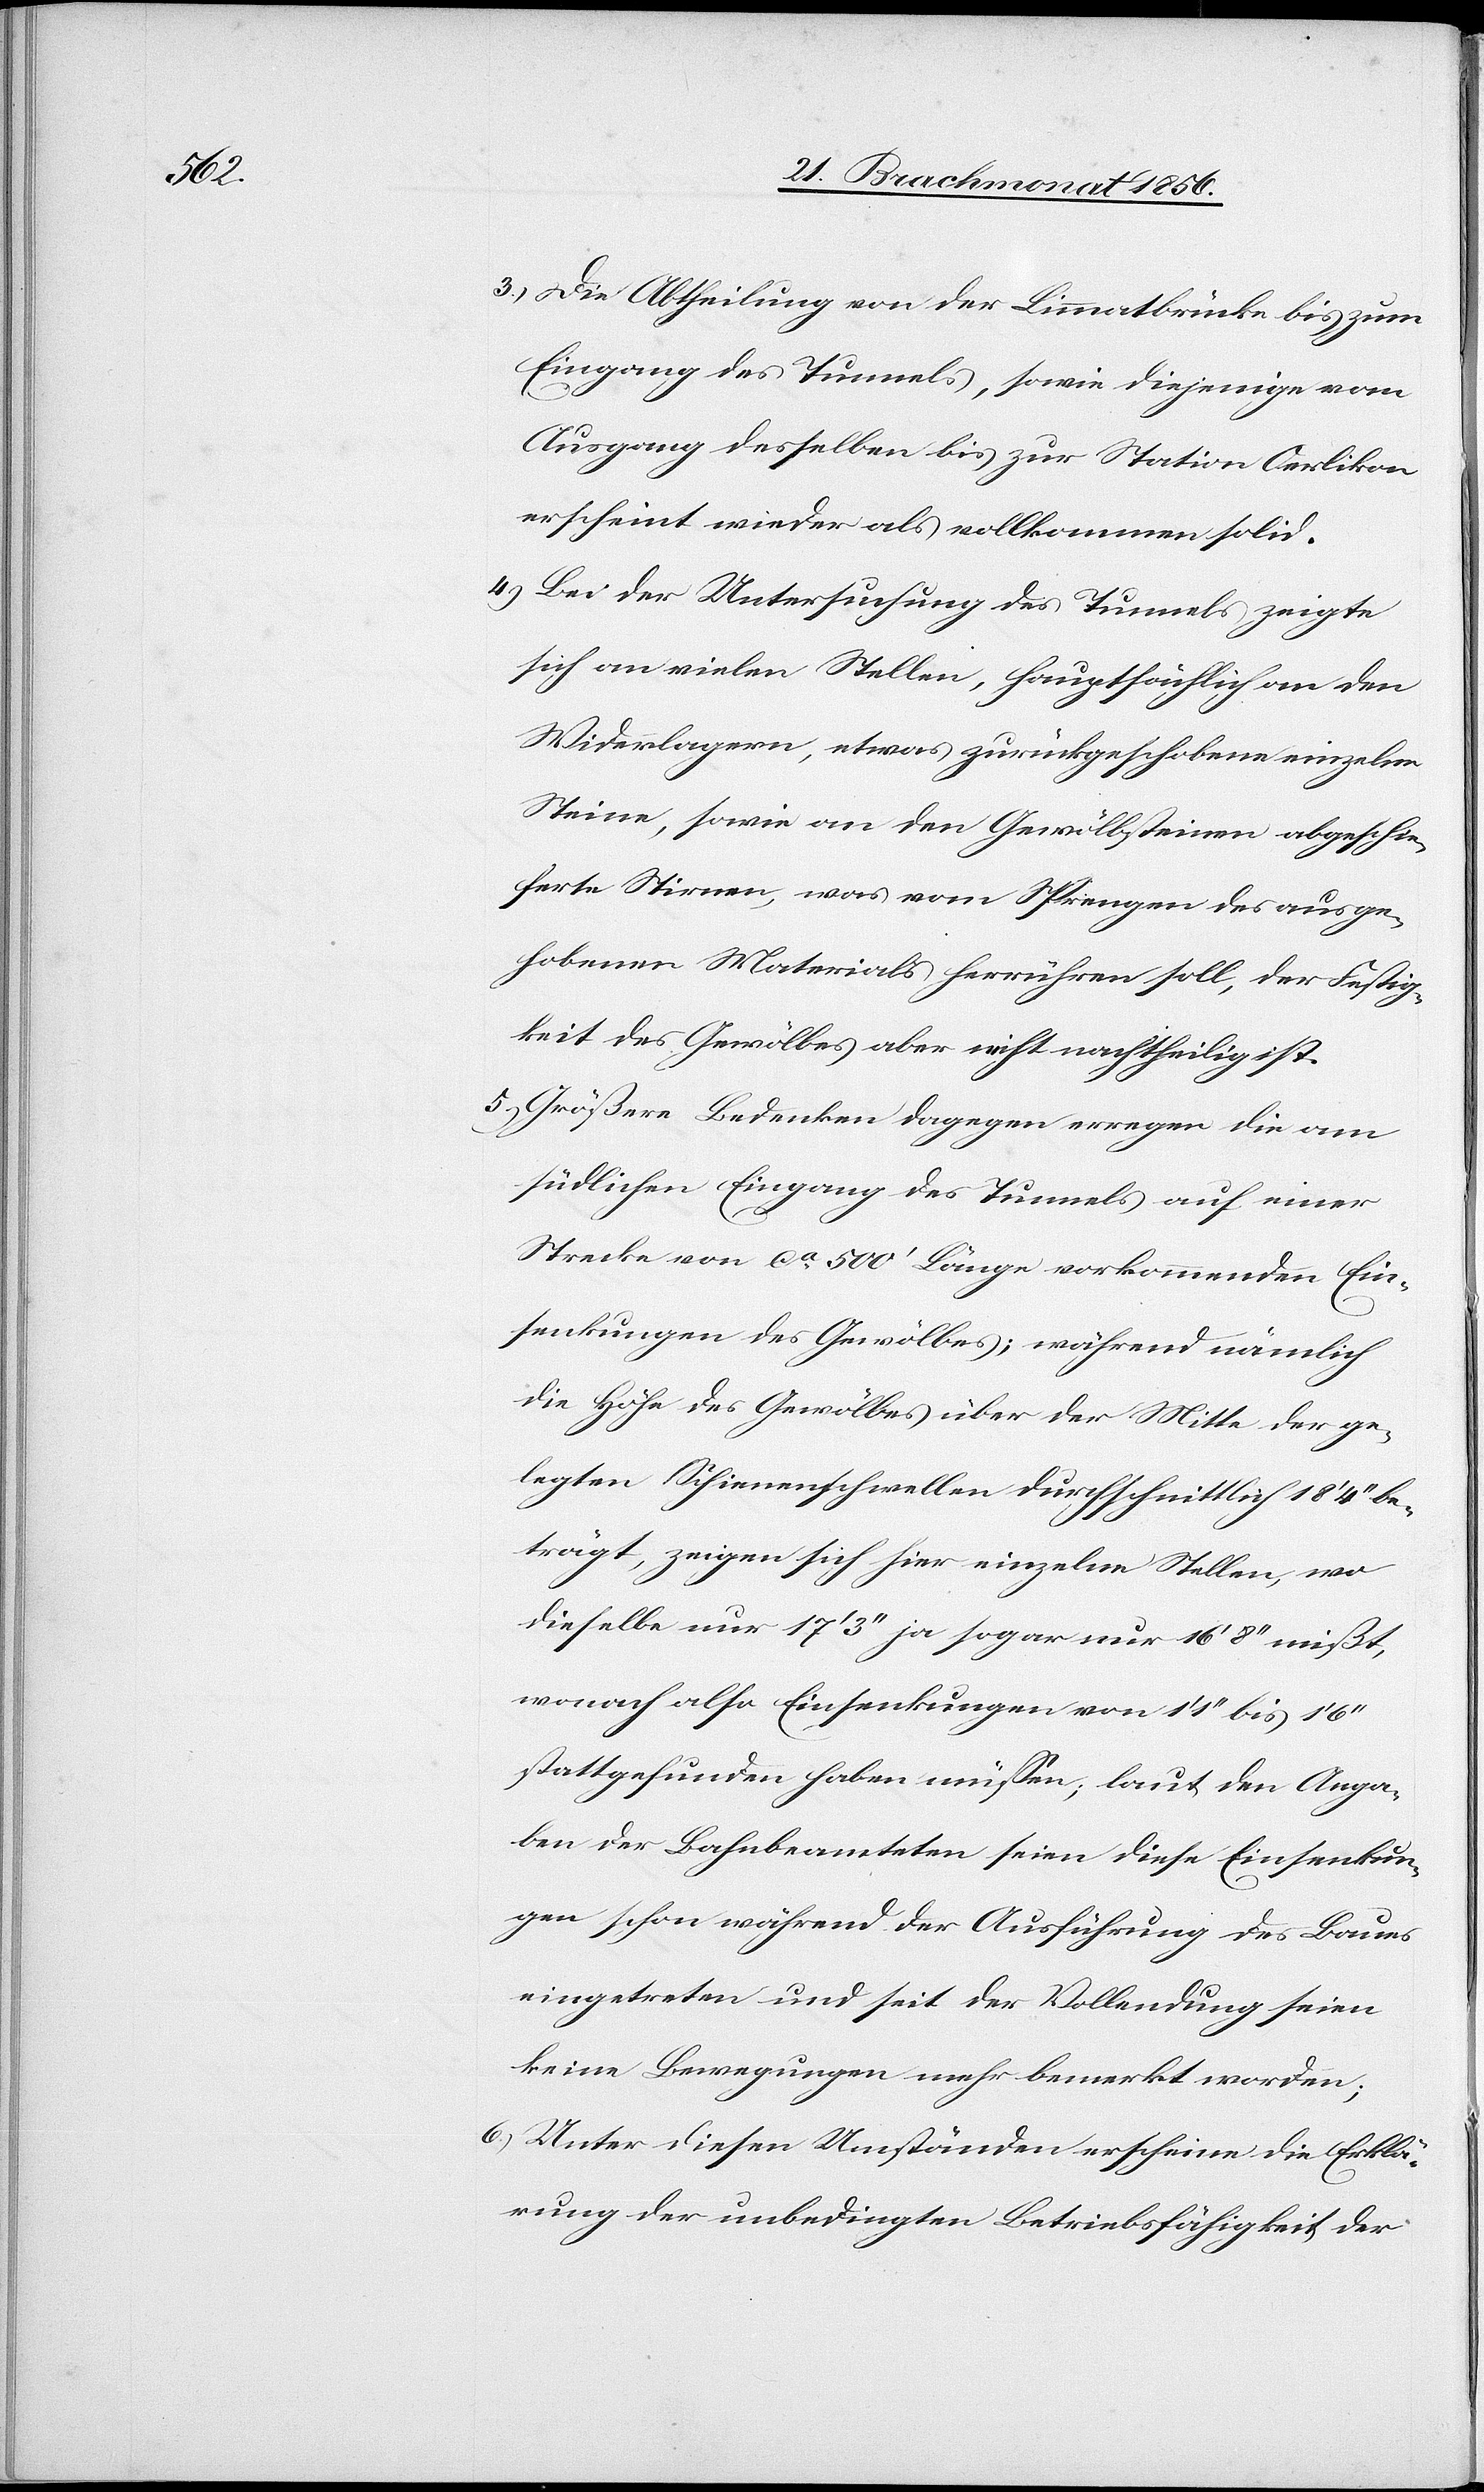
3.) Die Abtheilung von der Limmatbrücke bis zum
Eingang des Tunnels, sowie diejenige vom
Ausgang desselben bis zur Station Oerlikon
erscheint wieder als vollkommen solid.
4.) Bei der Untersuchung des Tunnels zeigte
sich an vielen Stellen, hauptsächlich an den
Widerlagern, etwas zurückgeschobene einzelne
Steine, sowie an den Gewölbsteinen abgeschie¬
ferte Stirnen, was vom Sprengen des ausge¬
hobenen Materials herrühren soll, der Festig¬
keit des Gewölbes aber nicht nachtheilig ist.
5.) Größere Bedenken dagegen erregen die am
südlichen Eingang des Tunnels auf einer
Strecke von ca 500' Länge vorkommenden Ein¬
senkungen des Gewölbes; während nämlich
die Höhe des Gewölbes über der Mitte der ge¬
legten Schienenschwellen durchschnittlich 18' 4'' be¬
trägt, zeigen sich hier einzelne Stellen, wo
dieselbe nur 17' 3'' ja sogar nur 16' 8'' mißt,
wonach also Einsenkungen von 1' 1'' bis 1'
stattgefunden haben müssen; laut den Anga¬
ben der Bahnbeamteten seien diese Einsenkun¬
gen schon während der Ausführung des Baues
eingetreten und seit der Vollendung seien
keine Bewegungen mehr bemerkt worden;
6.) Unter diesen Umständen erscheine die Erklä¬
rung der unbedingten Betriebsfähigkeit der